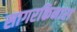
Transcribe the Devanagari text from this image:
सागरकिनारा